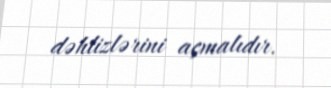
dəhlizlərini açmalıdır.